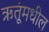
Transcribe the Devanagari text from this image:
ऋतूंमधील